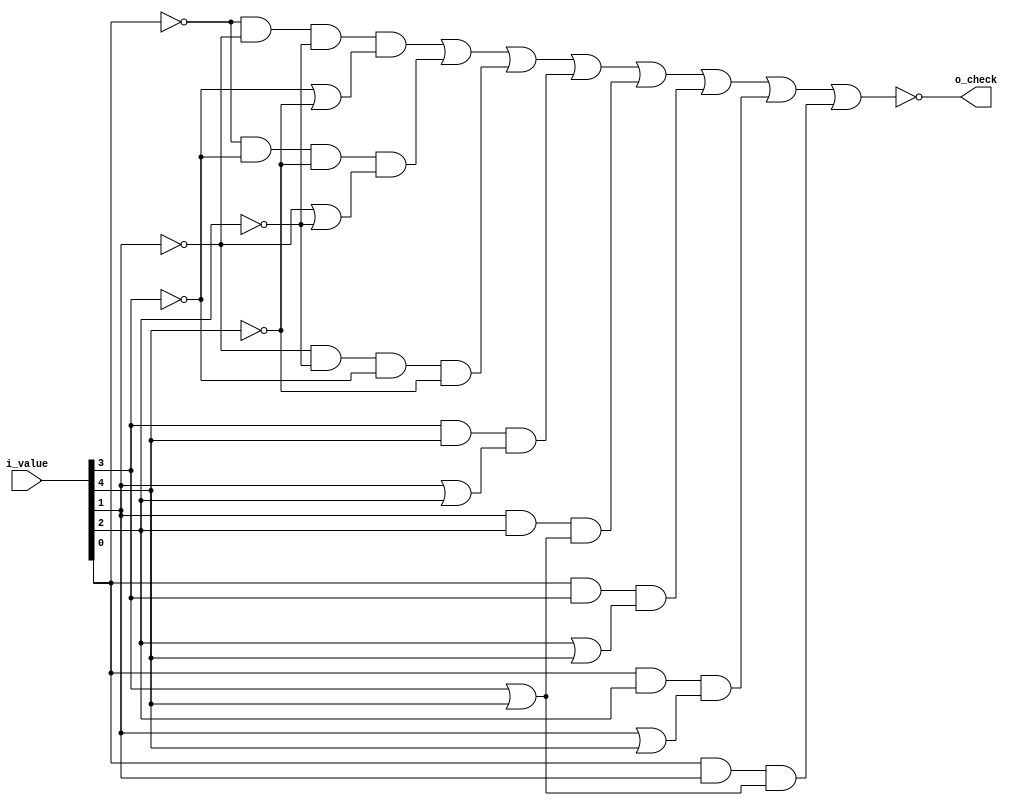
module decchk1(i_value, o_check);

input wire [4:0] i_value;
output wire o_check;

wire a,b,c,d,e;
assign a=i_value[0];
assign b=i_value[1];
assign c=i_value[2];
assign d=i_value[3];
assign e=i_value[4];

assign o_check = ~(~a & ~b & ~c & (~d | ~e) |	// 0000- 000-0
	~a & ~d & ~e & (~b | ~c) |		// 00-00 0-000
	~b & ~c & ~d & ~e |			// -0000
	d & e & (b | c) |			// --111 -1-11
	b & c & (d | e) |			// -111- -11-1
	a & d & (c | e) |			// 1--11 1-11-
	a & c & (b | e) |			// 1-1-1 111--
	a & b & (d | e));			// 11-1- 11--1

endmodule